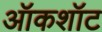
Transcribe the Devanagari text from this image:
ऑकशॉट